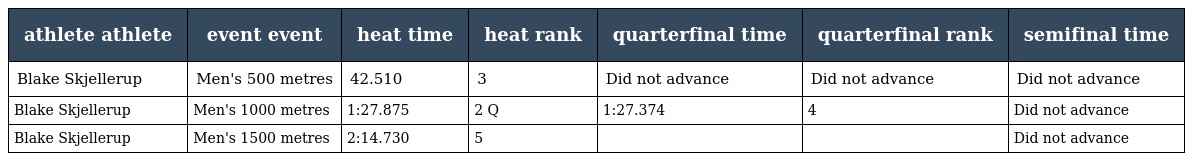
| athlete athlete | event event | heat time | heat rank | quarterfinal time | quarterfinal rank | semifinal time |
 | --- | --- | --- | --- | --- | --- | --- |
 | Blake Skjellerup | Men's 500 metres | 42.510 | 3 | Did not advance | Did not advance | Did not advance |
 | Blake Skjellerup | Men's 1000 metres | 1:27.875 | 2 Q | 1:27.374 | 4 | Did not advance |
 | Blake Skjellerup | Men's 1500 metres | 2:14.730 | 5 |  |  | Did not advance |